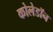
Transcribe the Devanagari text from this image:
कोलेडॉन